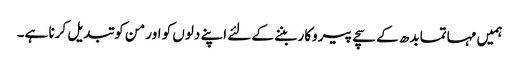
ہمیں مہاتما بدھ کے سچے پیروکار بننے کے لئے اپنے دلوں کو اور من کو تبدیل کرنا ہے۔